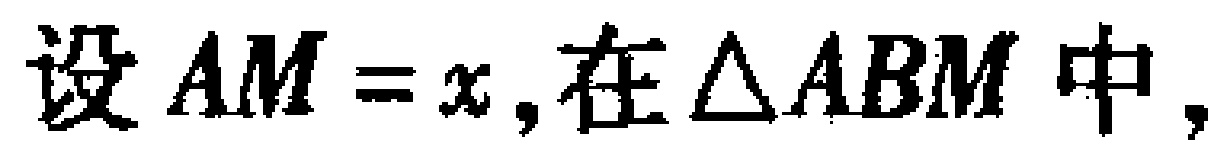
设 \(AM = x\),在\(\triangle ABM\)中,